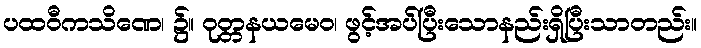
ပထဝီကသိဏေ၊ ၌။ ဝုတ္တနယမေဝ၊ ဖွင့်အပ်ပြီးသောနည်းရှိပြီးသာတည်း။